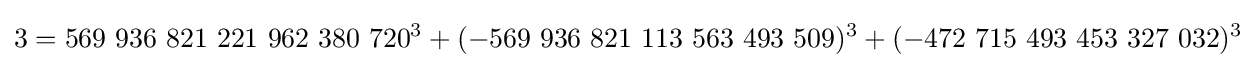
3=569\ 936\ 821\ 221\ 962\ 380\ 720^{3}+(-569\ 936\ 821\ 113\ 563\ 493\ 509)^{3}+(-472\ 715\ 493\ 453\ 327\ 032)^{3}